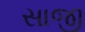
સાજી